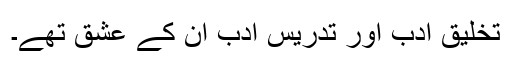
تخلیق ادب اور تدریس ادب ان کے عشق تھے۔